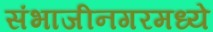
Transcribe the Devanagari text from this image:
संभाजीनगरमध्ये